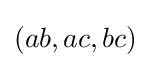
(ab,ac,bc)